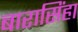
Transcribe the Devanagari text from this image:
बारासिंहा